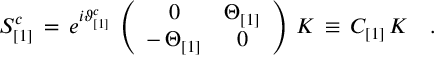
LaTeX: S _ { [ 1 ] } ^ { c } \, = \, e ^ { i \vartheta _ { [ 1 ] } ^ { c } } \, \left( \begin{array} { c c } { { 0 } } & { { \Theta _ { [ 1 ] } } } \\ { { - \, \Theta _ { [ 1 ] } } } & { { 0 } } \end{array} \right) \, { \cal K } \, \equiv \, { \cal C } _ { [ 1 ] } \, { \cal K } \quad .